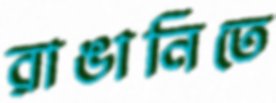
রাঙানিতে